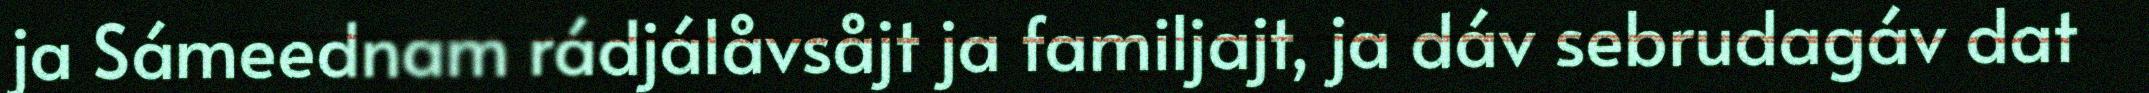
ja Sámeednam rádjálåvsåjt ja familjajt, ja dáv sebrudagáv dat